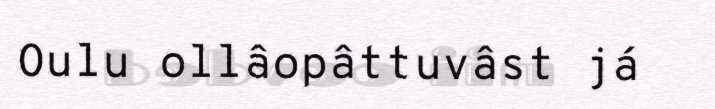
Oulu ollâopâttuvâst já